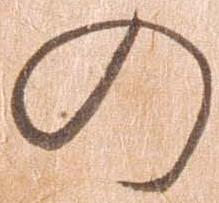
の